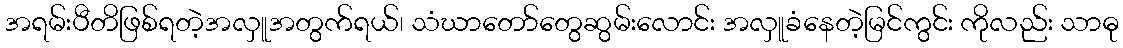
အရမ်းပီတိဖြစ်ရတဲ့အလှူအတွက်ရယ်၊ သံဃာတော်တွေဆွမ်းလောင်း အလှူခံနေတဲ့မြင်ကွင်း ကိုလည်း သာဓု